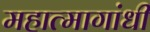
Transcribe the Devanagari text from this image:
महात्मागांधी